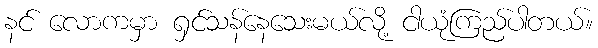
နင် လောကမှာ ရှင်သန်နေသေးမယ်လို့ ငါယုံကြည်ပါတယ်။